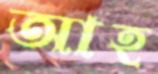
আহ